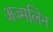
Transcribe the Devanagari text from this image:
अज्मलिन